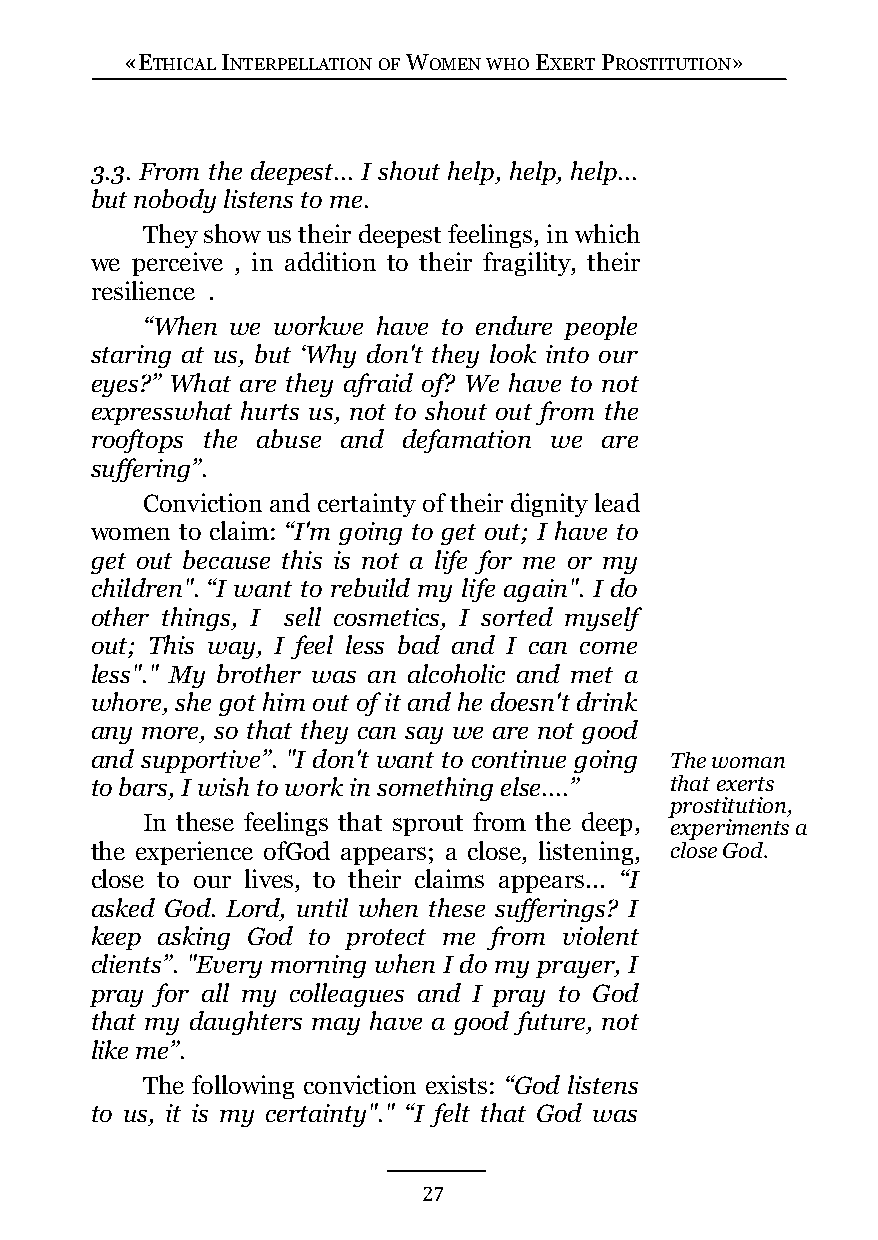
«ETHICAL INTERPELLATION OF WOMEN WHO EXERT PROSTITUTION»
 3.3. From the deepest... I shout help, help, help...
 but nobody listens to me.
 They show us their deepest feelings, in which
 we perceive , in addition to their fragility, their
 resilience .
 “When we workwe have to endure people
 staring at us, but ‘Why don't they look into our
 eyes?” What are they afraid of? We have to not
 expresswhat hurts us, not to shout out from the
 rooftops the abuse and defamation we are
 suffering”.
 Conviction and certainty of their dignity lead
 women to claim: “I'm going to get out; I have to
 get out because this is not a life for me or my
 children". “I want to rebuild my life again". I do
 other things, I sell cosmetics, I sorted myself
 out; This way, I feel less bad and I can come
 less"." My brother was an alcoholic and met a
 whore, she got him out of it and he doesn't drink
 any more, so that they can say we are not good
 and supportive”. "I don't want to continue going The woman
 to bars, I wish to work in something else....” that exerts
 prostitution,
 In these feelings that sprout from the deep,
 experiments a
 the experience ofGod appears; a close, listening, close God.
 close to our lives, to their claims appears... “I
 asked God. Lord, until when these sufferings? I
 keep asking God to protect me from violent
 clients”. "Every morning when I do my prayer, I
 pray for all my colleagues and I pray to God
 that my daughters may have a good future, not
 like me”.
 The following conviction exists: “God listens
 to us, it is my certainty"." “I felt that God was
 27